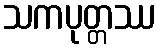
သကပုတ္တဿ